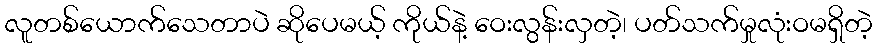
လူတစ်ယောက်သေတာပဲ ဆိုပေမယ့် ကိုယ်နဲ့ ဝေးလွန်းလှတဲ့၊ ပတ်သက်မှုလုံးဝမရှိတဲ့